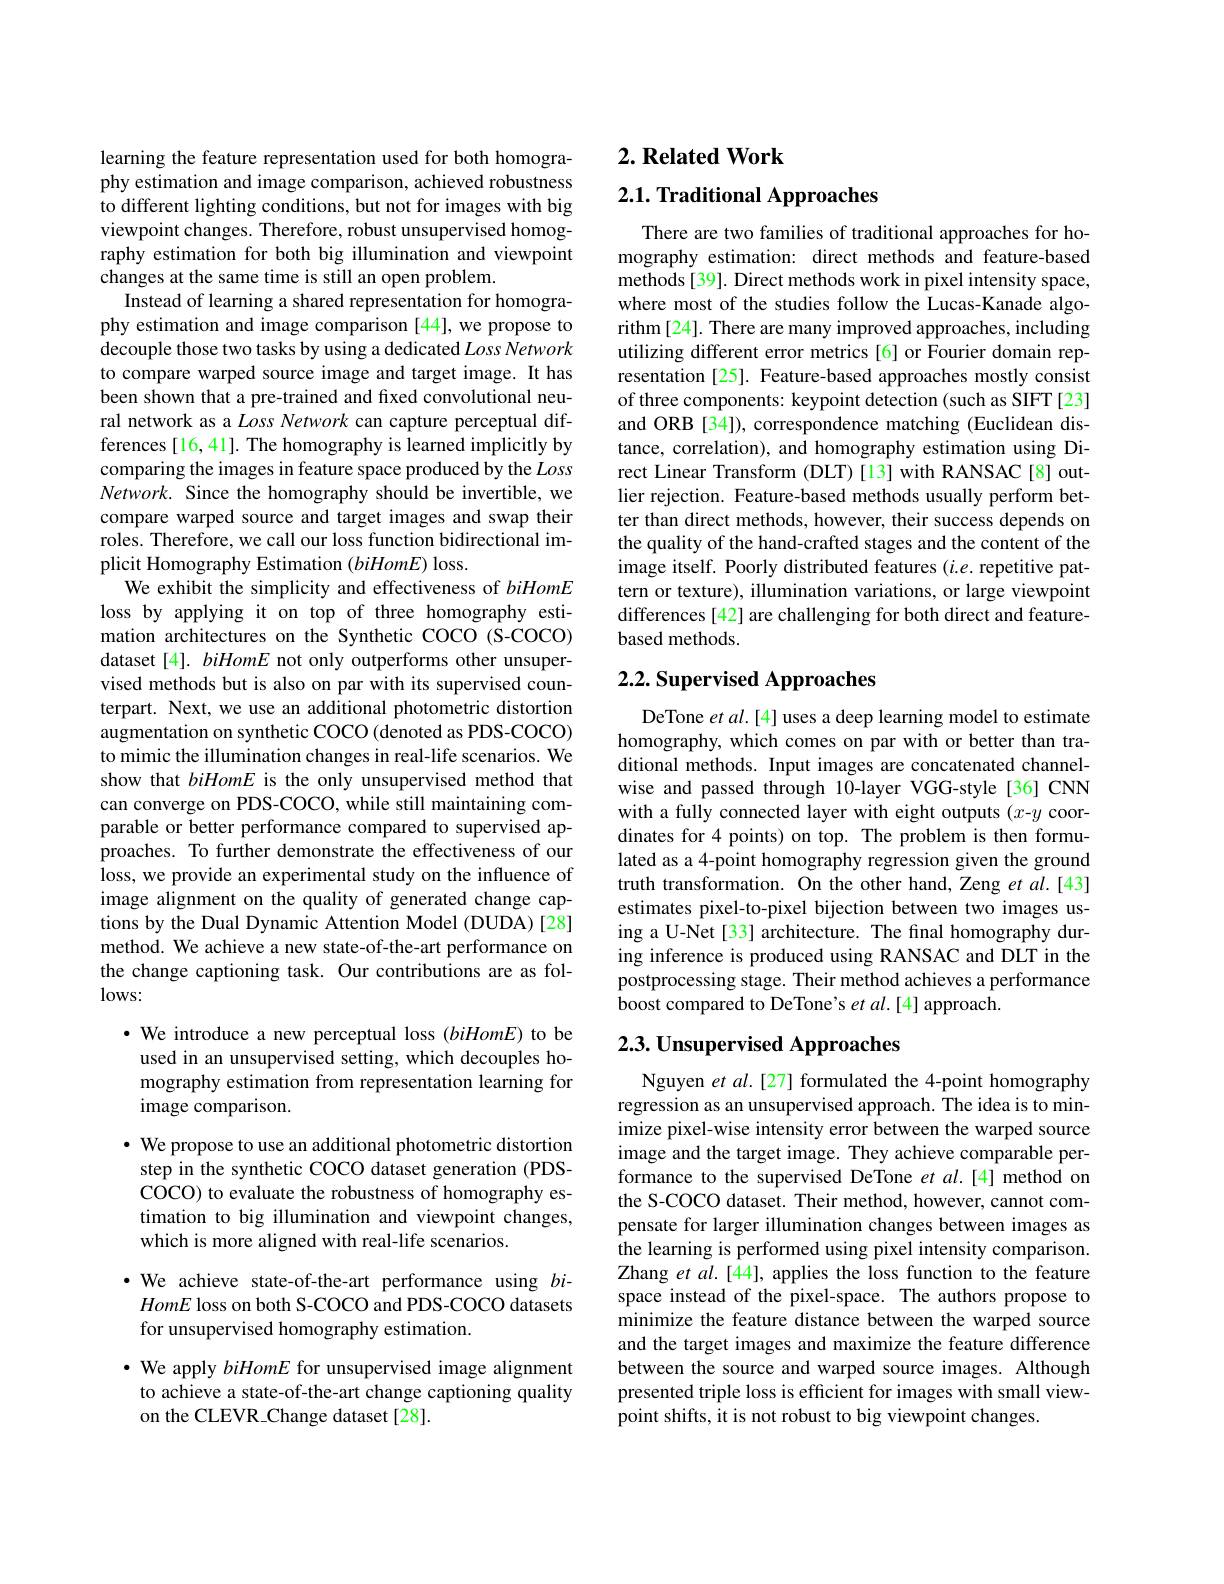
learning the feature representation used for both homography estimation and image comparison, achieved robustness to different lighting conditions, but not for images with big viewpoint changes. Therefore, robust unsupervised homography estimation for both big illumination and viewpoint changes at the same time is still an open problem.
Instead of learning a shared representation for homography estimation and image comparison [44], we propose to decouple those two tasks by using a dedicated Loss Network to compare warped source image and target image. It has been shown that a pre-trained and fxed convolutional neural network as a Loss Network can capture perceptual differences [16,41]. The homography is learned implicitly by comparing the images in feature space produced by the Loss $Network.$ Since the homography should be invertible, we compare warped source and target images and swap their roles. Therefore, we call our loss function bidirectional implicit Homography Estimation $(biHomE)$ loss
We exhibit the simplicity and effectiveness of biHomE loss by applying it on top of three homography estimation architectures on the Synthetic COCO (S-COCO) dataset [4]. biHomE not only outperforms other unsupervised methods but is also on par with its supervised counterpart. Next, we use an additional photometric distortion augmentation on synthetic COCO (denoted as PDS-COCO) to mimic the illumination changes in real-life scenarios. We show that biHomE is the only unsupervised method that can converge on PDS-COCO, while still maintaining comparable or better performance compared to supervised approaches. To further demonstrate the effectiveness of our loss, we provide an experimental study on the influence of image alignment on the quality of generated change captions by the Dual Dynamic Attention Model (DUDA)[28] method. We achieve a new state-of-the-art performance on the change captioning task. Our contributions are as fol- $lows:$

$\cdot$ We introduce a new perceptual loss (biHomE) to be

used in an unsupervised setting, which decouples ho-

mography estimation from representation learning for

image comparison.

· We propose to use an additional photometric distortion

step in the synthetic COCO dataset generation (PDS-

COCO) to evaluate the robustness of homography es-

timation to big illumination and viewpoint changes,

which is more aligned with real-life scenarios.

·We achieve state-of-the-art performance using bi-
HomE loss on both S-COCO and PDS-COCO datasets
for unsupervised homography estimation.

· We apply biHomE for unsupervised image alignment to achieve a state-of-the-art change captioning quality on the CLEVR\_Change dataset[28].

# 2. Related Work

2.1. Traditional Approaches

There are two families of traditional approaches for homography estimation: direct methods and feature-based methods[39]. Direct methods work in pixel intensity space, where most of the studies follow the Lucas-Kanade algorithm[24]. There are many improved approaches, including utilizing different error metrics [6] or Fourier domain representation [25]. Feature-based approaches mostly consist of three components: keypoint detection (such as SIFT[23] and ORB [34]), correspondence matching (Euclidean distance, correlation), and homography estimation using Direct Linear Transform (DLT)[13] with RANSAC[8] outlier rejection. Feature-based methods usually perform better than direct methods, however, their success depends on the quality of the hand-crafted stages and the content of the image itself. Poorly distributed features (i.e. repetitive pattern or texture), illumination variations, or large viewpoint differences [42] are challenging for both direct and featurebased methods.

# 2.2. Supervised Approaches

DeTone et al.[4] uses a deep learning model to estimate homography, which comes on par with or better than traditional methods. Input images are concatenated channelwise and passed through 10-layer VGG-style[36]CNN with a fully connected layer with eight outputs (x-y coordinates for 4 points) on top. The problem is then formulated as a 4-point homography regression given the ground truth transformation. On the other hand, Zeng et al.[43] estimates pixel-to-pixel bijection between two images using a U-Net[33] architecture. The final homography during inference is produced using RANSAC and DLT in the postprocessing stage. Their method achieves a performance boost compared to DeTone's $et$ al.[4] approach.

# $2. 3. \textbf{ Unsupervised Approaches}$

Nguyen et al.[27] formulated the 4-point homography regression as an unsupervised approach. The idea is to minimize pixel-wise intensity error between the warped source image and the target image. They achieve comparable performance to the supervised DeTone et al.[4] method on the S-COCO dataset. Their method, however, cannot compensate for larger illumination changes between images as the learning is performed using pixel intensity comparison. Zhang et al.[44], applies the loss function to the feature space instead of the pixel-space. The authors propose to minimize the feature distance between the warped source and the target images and maximize the feature difference between the source and warped source images. Although presented triple loss is efficient for images with small viewpoint shifts, it is not robust to big viewpoint changes